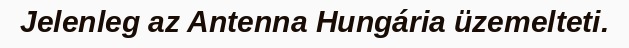
Jelenleg az Antenna Hungária üzemelteti.